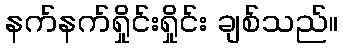
နက်နက်ရှိုင်းရှိုင်း ချစ်သည်။